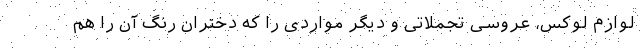
لوازم لوکس، عروسی تجملاتی و دیگر مواردی را که دختران رنگ آن را هم